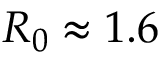
R _ { 0 } \approx 1 . 6